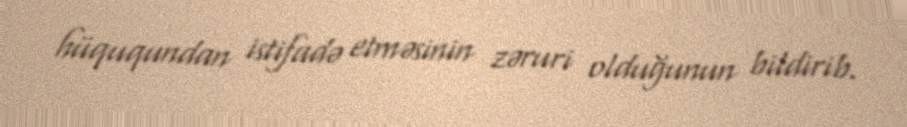
hüququndan istifadə etməsinin zəruri olduğunun bildirib.